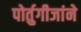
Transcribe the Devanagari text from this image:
पोर्तुगीजांने